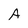
Character: A